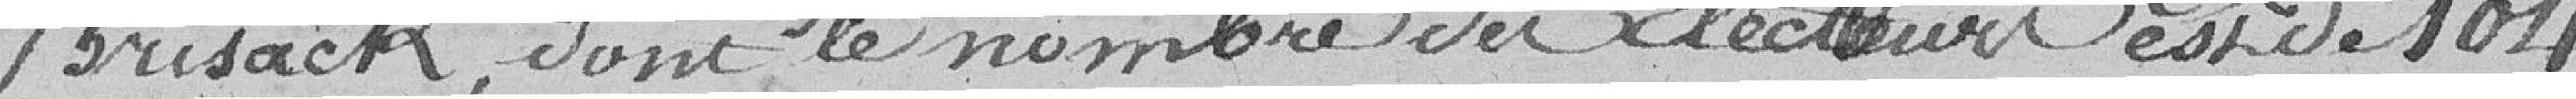
Brisack, dont le nombre des électeurs est de 104.